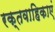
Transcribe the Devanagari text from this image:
रक्तवाहिकाएं